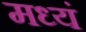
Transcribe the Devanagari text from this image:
मध्यं